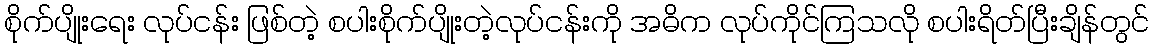
စိုက်ပျိုးရေး လုပ်ငန်း ဖြစ်တဲ့ စပါးစိုက်ပျိုးတဲ့လုပ်ငန်းကို အဓိက လုပ်ကိုင်ကြသလို စပါးရိတ်ပြီးချိန်တွင်